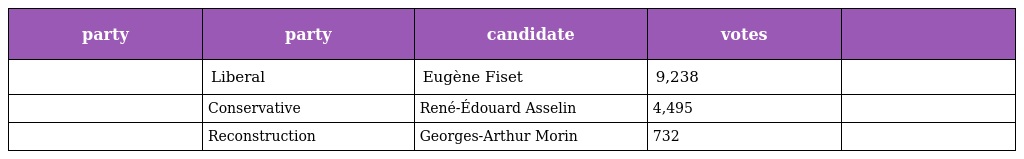
| party | party | candidate | votes |  |
 | --- | --- | --- | --- | --- |
 |  | Liberal | Eugène Fiset | 9,238 |  |
 |  | Conservative | René-Édouard Asselin | 4,495 |  |
 |  | Reconstruction | Georges-Arthur Morin | 732 |  |